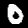
Label: 0